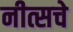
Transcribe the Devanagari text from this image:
नीत्सचे